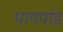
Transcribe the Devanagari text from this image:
पायर्याड